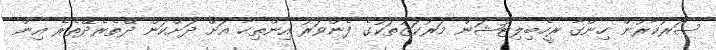
ސަރުކާރުން ހިންގާ ރީހެބިލިޓޭޝަން މަރުކަޒުތަކުގެ ފެންވަރު އިންތިހާ އަށް ދަށްކަން ދޭތެރެދޭތެރެ އިން